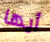
أيها